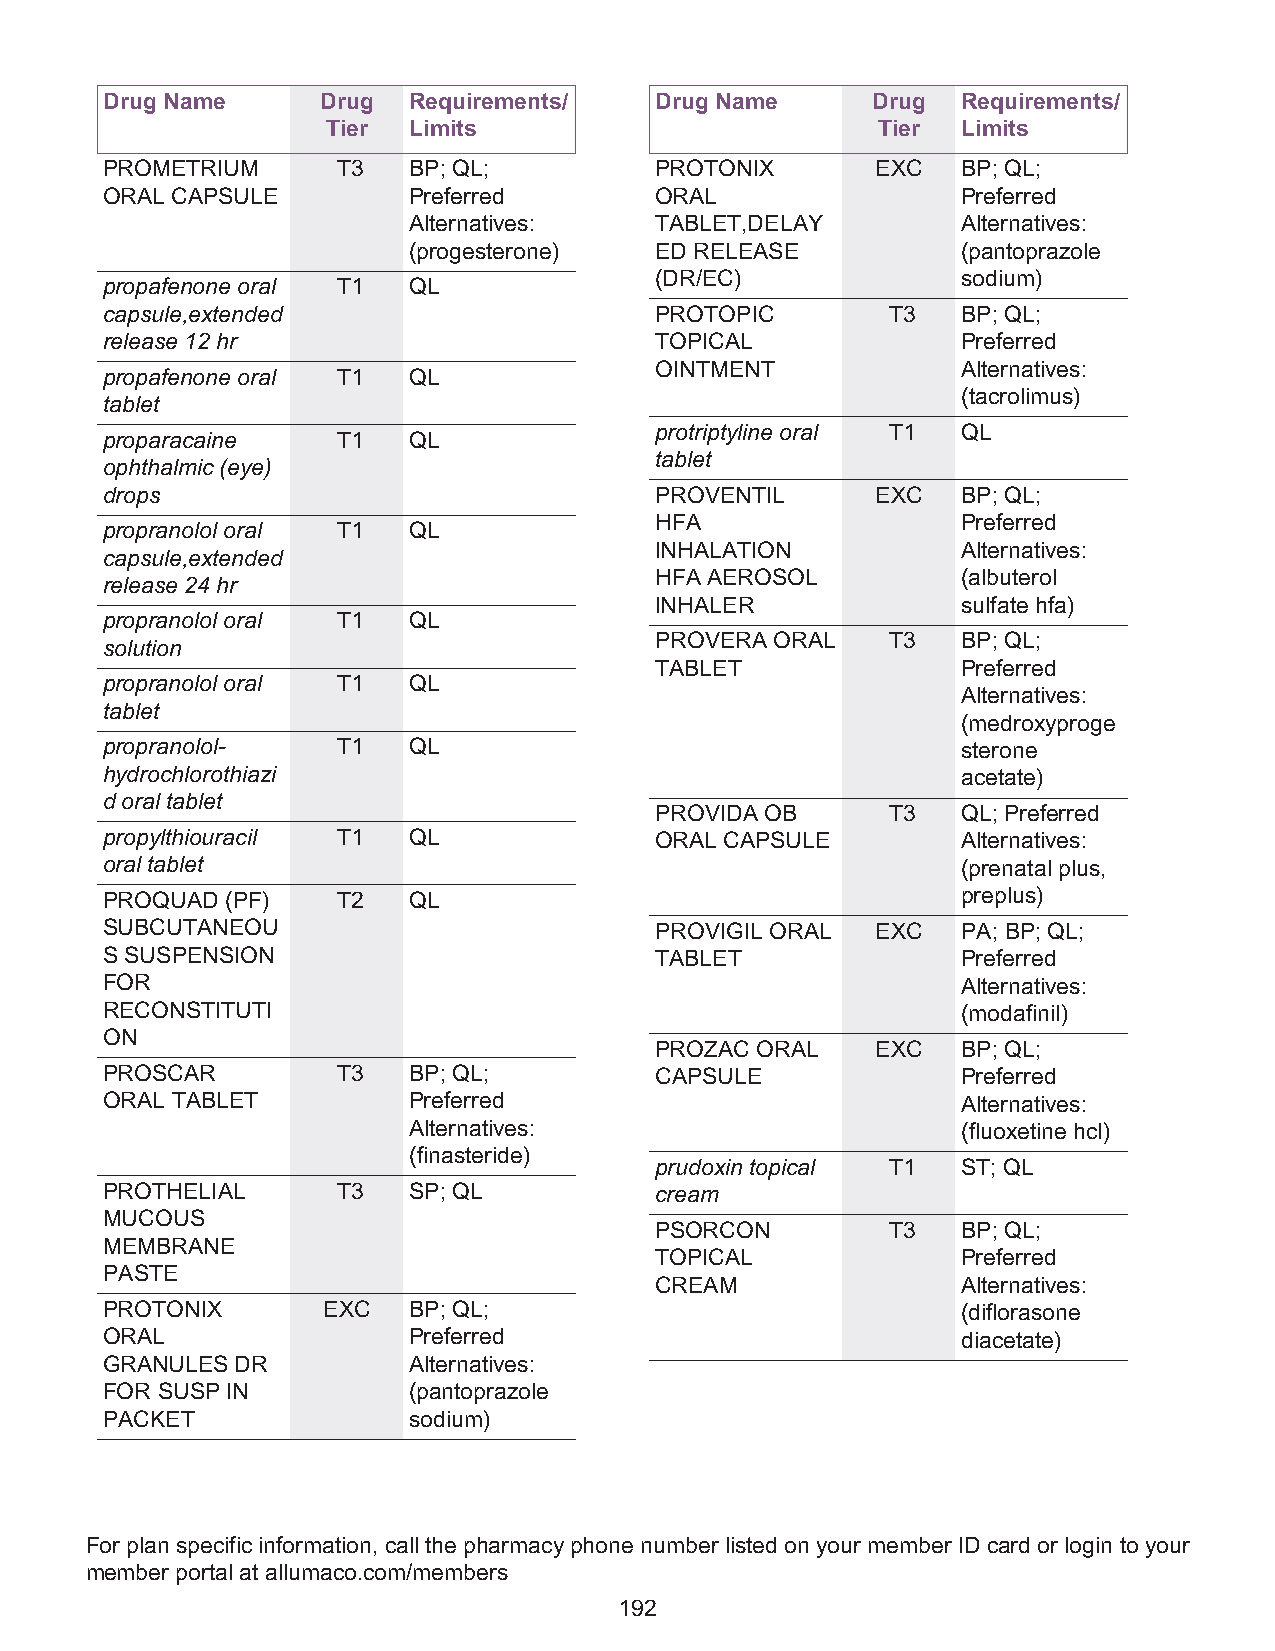
Drug Name     Drug  Requirements/   Drug Name      Drug  Requirements/
 Tier Limits                         Tier  Limits
 PROMETRIUM     T3   BP; QL;         PROTONIX       EXC   BP; QL;
 ORAL CAPSULE        Preferred       ORAL                 Preferred
 Alternatives:   TABLET,DELAY         Alternatives:
 (progesterone)  ED RELEASE           (pantoprazole
 (DR/EC)              sodium)
 propafenone oral T1 QL
 capsule,extended                    PROTOPIC        T3   BP; QL;
 release 12 hr                       TOPICAL              Preferred
 OINTMENT             Alternatives:
 propafenone oral T1 QL
 (tacrolimus)
 tablet
 protriptyline oral T1 QL
 proparacaine   T1   QL
 tablet
 ophthalmic (eye)
 drops                               PROVENTIL      EXC   BP; QL;
 HFA                  Preferred
 propranolol oral T1 QL
 INHALATION           Alternatives:
 capsule,extended
 HFA AEROSOL          (albuterol
 release 24 hr
 INHALER              sulfate hfa)
 propranolol oral T1 QL
 PROVERA ORAL    T3   BP; QL;
 solution
 TABLET               Preferred
 propranolol oral T1 QL
 Alternatives:
 tablet
 (medroxyproge
 propranolol-   T1   QL                                   sterone
 hydrochlorothiazi                                        acetate)
 d oral tablet
 PROVIDA OB      T3   QL; Preferred
 propylthiouracil T1 QL              ORAL CAPSULE         Alternatives:
 oral tablet                                              (prenatal plus,
 PROQUAD (PF)   T2   QL                                   preplus)
 SUBCUTANEOU                         PROVIGIL ORAL  EXC   PA; BP; QL;
 S SUSPENSION                        TABLET               Preferred
 FOR                                                      Alternatives:
 RECONSTITUTI                                             (modafinil)
 ON
 PROZAC ORAL    EXC   BP; QL;
 PROSCAR        T3   BP; QL;         CAPSULE              Preferred
 ORAL TABLET         Preferred                            Alternatives:
 Alternatives:                        (fluoxetine hcl)
 (finasteride)
 prudoxin topical T1  ST; QL
 PROTHELIAL     T3   SP; QL          cream
 MUCOUS
 PSORCON         T3   BP; QL;
 MEMBRANE
 TOPICAL              Preferred
 PASTE
 CREAM                Alternatives:
 PROTONIX      EXC   BP; QL;                              (diflorasone
 ORAL                Preferred                            diacetate)
 GRANULES DR         Alternatives:
 FOR SUSP IN         (pantoprazole
 PACKET              sodium)
 For plan specific information, call the pharmacy phone number listed on your member ID card or login to your
 member portal at allumaco.com/members
 192